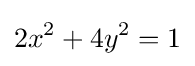
2x^{2}+4y^{2}=1